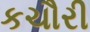
કચૌરી